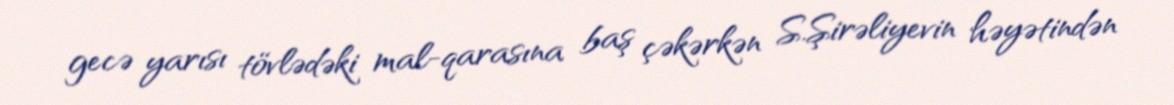
gecə yarısı tövlədəki mal-qarasına baş çəkərkən S.Şirəliyevin həyətindən